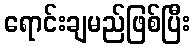
ရောင်းချမည်ဖြစ်ပြီး